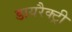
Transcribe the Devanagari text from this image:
डायरैक्ट्री